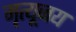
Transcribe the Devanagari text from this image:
मृत्यूजय